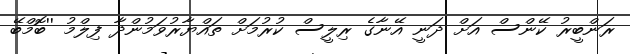
ރަންބީރު ކޭންސް އަށް ދަނީ އޭނާގެ ރިލީސް ކުރުމަށް ތައްޔާރުވަމުންދާ ފިލްމު ''ބޮމްބޭ